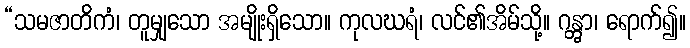
“သမဇာတိကံ၊ တူမျှသော အမျိုးရှိသော။ ကုလဃရံ၊ လင်၏အိမ်သို့။ ဂန္တွာ၊ ရောက်၍။